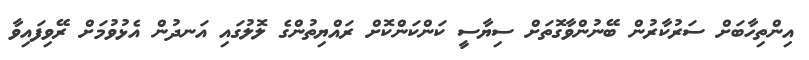
އިންތިހާބަށް ސަރުކާރުން ބޭނުންވާގޮތަށް ސިޔާސީ ކަންކަންކޮށް ރައްޔިތުންގެ ލޮލުގައި އަނދުން އެޅުވުމަށް ރޭވިފައިވާ